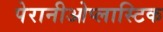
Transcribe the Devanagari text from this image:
पेरानीओप्लास्टिक